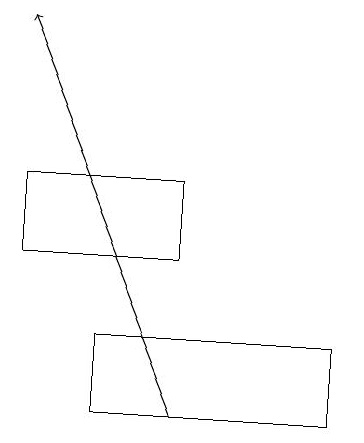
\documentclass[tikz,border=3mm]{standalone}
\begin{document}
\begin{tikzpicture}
\draw (5,15) rectangle (7,16);
\draw[->] (7,13) -- (5,18);
\draw (6,14) rectangle (9,13);
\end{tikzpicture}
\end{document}